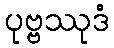
ပုဗ္ဗဿုဒံ